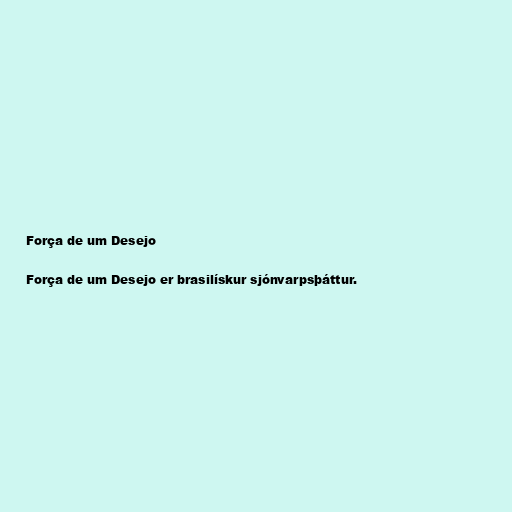
Força de um Desejo

Força de um Desejo er brasilískur sjónvarpsþáttur.